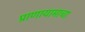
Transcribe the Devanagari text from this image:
प्राणायामाचा